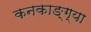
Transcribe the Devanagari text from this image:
कनकाङ्ग्या